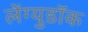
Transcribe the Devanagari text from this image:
लेंग्युडॉक